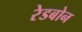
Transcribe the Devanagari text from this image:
रेडबोन